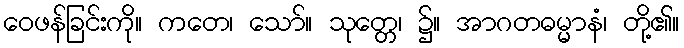
ဝေဖန်ခြင်းကို။ ကတေ၊ သော်။ သုတ္တေ၊ ၌။ အာဂတဓမ္မာနံ၊ တို့၏။